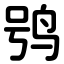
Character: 鸮